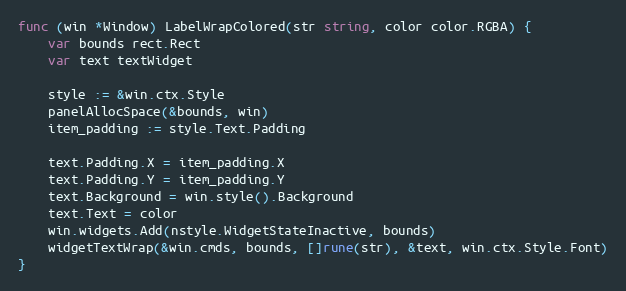
Language: Go
func (win *Window) LabelWrapColored(str string, color color.RGBA) {
	var bounds rect.Rect
	var text textWidget

	style := &win.ctx.Style
	panelAllocSpace(&bounds, win)
	item_padding := style.Text.Padding

	text.Padding.X = item_padding.X
	text.Padding.Y = item_padding.Y
	text.Background = win.style().Background
	text.Text = color
	win.widgets.Add(nstyle.WidgetStateInactive, bounds)
	widgetTextWrap(&win.cmds, bounds, []rune(str), &text, win.ctx.Style.Font)
}